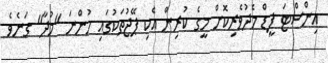
އިންސްޓަ ފީޑް މެދުވެރިކޮށް މީގެ ކުރިން އެކި ޕޭޖުތަކުގައި ހުންނަ "މުދާ" ގަނެވެ